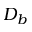
D _ { b }